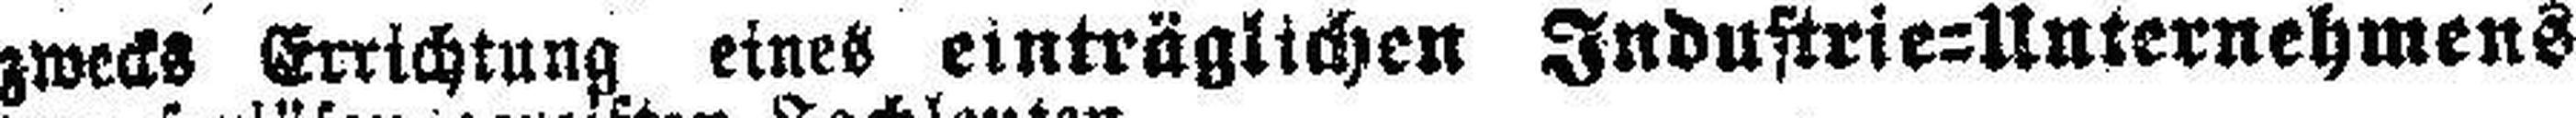
zwecks Errichtung eines einträglichen Industrie=Unternehmens